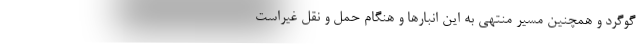
گوگرد و همچنین مسیر منتهی به این انبارها و هنگام حمل و نقل غیراست